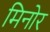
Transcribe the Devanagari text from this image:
मिनोर